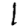
Digit: 1